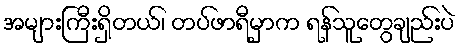
အများကြီးရှိတယ်၊ တပ်ဖာရီမှာက ရန်သူတွေချည်းပဲ